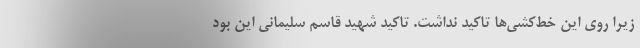
زیرا روی این خط‌کشی‌ها تاکید نداشت. تاکید شهید قاسم سلیمانی این بود